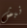
نبش